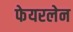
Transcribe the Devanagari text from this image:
फेयरलेन